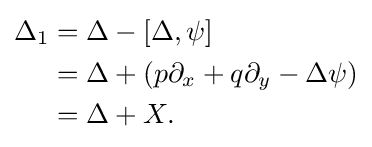
{\begin{aligned}\Delta _{1}&=\Delta -[\Delta ,\psi ]\\&=\Delta +\left(p\partial _{x}+q\partial _{y}-\Delta \psi \right)\\&=\Delta +X.\end{aligned}}